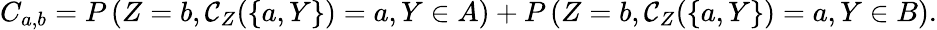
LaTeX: C_{a,b}=P\left(Z=b,\mathcal{C}_{Z}(\{ a,Y\} )=a,Y\in A\right)+P\left(Z=b,\mathcal{C}_{Z}(\{ a,Y\} )=a,Y\in B\right).